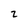
Character: Z